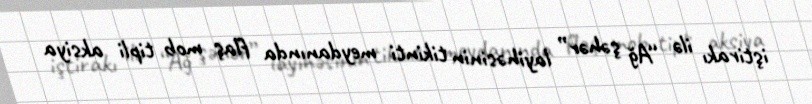
iştirakı ilə “Ağ şəhər” layihəsinin tikinti meydanında flaş mob tipli aksiya